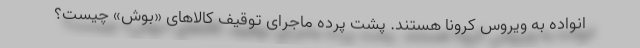
انواده به ویروس کرونا هستند. پشت پرده ماجرای توقیف کالاهای «بوش» چیست؟